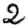
Digit: 2